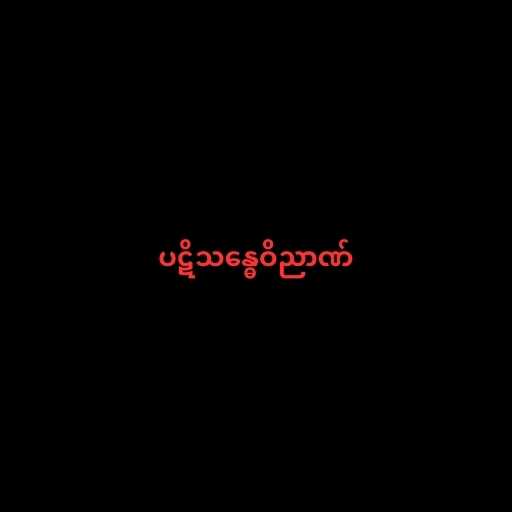
ပဋိသန္ဓေဝိညာဏ်